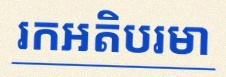
រកអតិបរមា